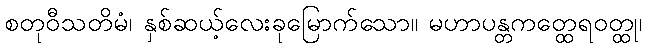
စတုဝီသတိမံ၊ နှစ်ဆယ့်လေးခုမြောက်သော။ မဟာပန္တကတ္ထေရဝတ္ထု၊